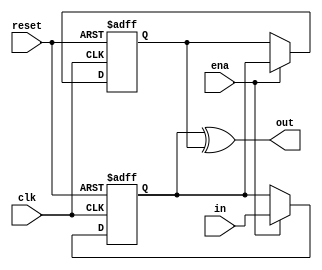
//---------------------------------------------------------------------
//
//
// fextractor
//
//
//---------------------------------------------------------------------


module fextractor ( clk, reset, ena, in, out);

    input   clk, reset, ena, in;
    output  out;

    reg     a,b;


    always @ (posedge reset or posedge clk)
        if (reset)
                {a, b} <= 2'b00;
        else if(ena)
                {b,a} <= {a, in};
    
    assign out = a ^ b;

endmodule

module onefextractor ( clk, reset, ena, in, out);

    input   clk, reset, ena, in;
    output  out;

    reg     a,b;


    always @ (posedge reset or posedge clk)
        if (reset)
                {a, b} <= 2'b00;
        else if(ena)
                {b,a} <= {a, in};
    
    assign out = a & ~b;

endmodule